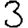
Digit: 3